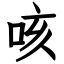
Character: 咳